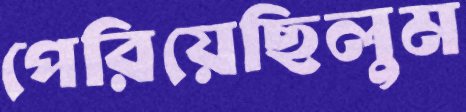
পেরিয়েছিলুম